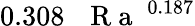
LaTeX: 0.308\, \mathrm{~\textit~{~R~a~}~}^{0.187}